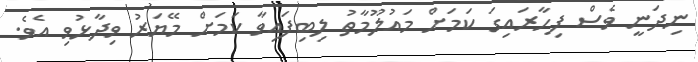
ނިދަނީ ވެސް ފިހާރައިގަ ކަމަށް މައުލޫމާތު ލިބިފައިވާ ކަމަށް މޭޔަރު ވިދާޅުވި އެވެ.